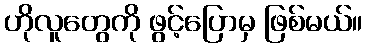
ဟိုလူတွေကို ဖွင့်ပြောမှ ဖြစ်မယ်။